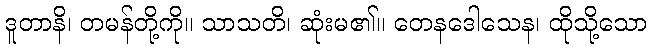
ဒူတာနိ၊ တမန်တို့ကို။ သာသတိ၊ ဆုံးမ၏။ တေနဒေါသေန၊ ထိုသို့သော